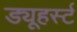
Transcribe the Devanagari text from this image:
ड्यूहर्स्ट